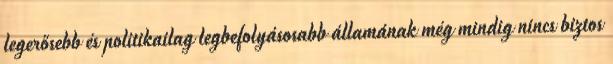
legerősebb és politikailag legbefolyásosabb államának még mindig nincs biztos